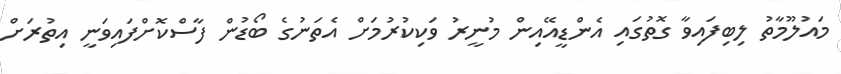
މައުލޫމާތު ލިބިފައިވާ ގޮތުގައި އެންޑީއޭއިން މުނީރު ވަކިކުރުމަށް އެތަނުގެ ބޯޑުން ފާސްކޮށްފައިވަނީ އިތުރަށް